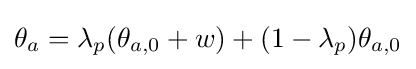
\theta _{a}=\lambda _{p}(\theta _{a,0}+w)+(1-\lambda _{p})\theta _{a,0}